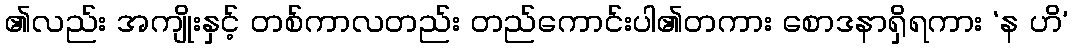
၏လည်း အကျိုးနှင့် တစ်ကာလတည်း တည်ကောင်းပါ၏တကား စောဒနာရှိရကား ‘န ဟိ’